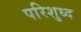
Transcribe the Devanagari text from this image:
परिशुध्द